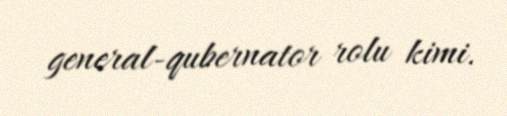
general-qubernator rolu kimi.